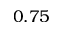
0 . 7 5